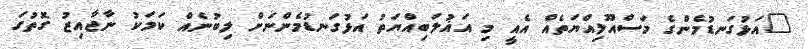
"އަޅުގަނޑުމެންގެ މަސްއޫލިއްޔަތެއް އެއީ މި އަޣުލަބިއްޔަތު އަޅުގަނޑުމެންނަށް ލިބުނެއް ކަމަކު ނާޖާއިޒު ގޮތުގަ